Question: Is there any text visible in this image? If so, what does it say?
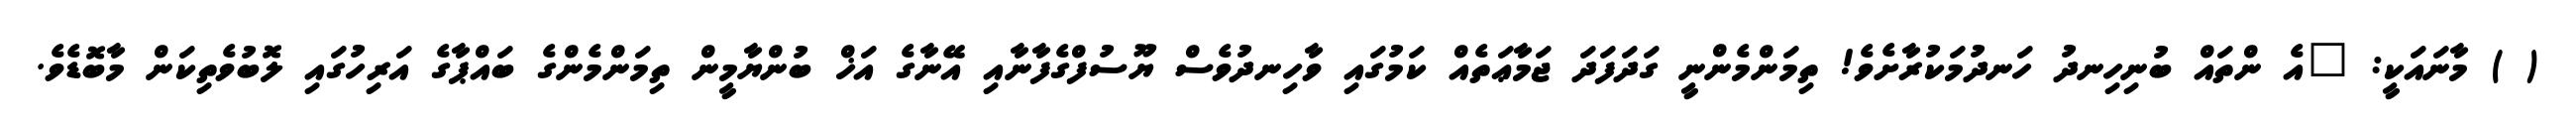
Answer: ( ) މާނައަކީ: "އެ ންތައް ބުނިހިނދު ހަނދުމަކުރާށެވެ! ތިމަންމެންނީ ގަދަފަދަ ޖަމާޢަތެއް ކަމުގައި ވާހިނދުވެސް ޔޫސުފްގެފާނާއި އޭނާގެ އަޚް ބުންޔާމީން ތިމަންމެންގެ ބައްޕާގެ އަރިހުގައި ލޮބުވެތިކަން މާބޮޑެވެ.